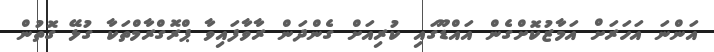
އަންނަ އަހަރަށް އަމާޒުކޮށްގެން އައްޑޫގައި ކުރިއަށް ގެންދަން ރާވާފައިވާ ޕްރޮގްރާމްތަކާ ގުޅޭ ގޮތުން